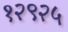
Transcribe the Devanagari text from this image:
१२९२५